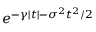
e ^ { - \gamma | t | - \sigma ^ { 2 } t ^ { 2 } / 2 }